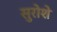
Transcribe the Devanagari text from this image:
सुरोशे